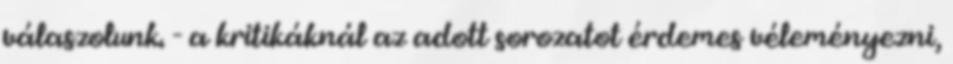
válaszolunk. - a kritikáknál az adott sorozatot érdemes véleményezni,